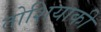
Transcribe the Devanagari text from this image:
तोशियाकी